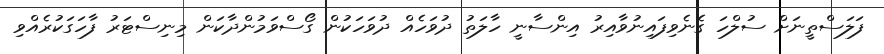
ފަލަސްތީނަށް ސުލްހަ ގެނެވިފައިނުވާއިރު އިންސާނީ ހާލަތު ދުވަހެއް ދުވަހަކުން ގޯސްވަމުންދާކަން މިނިސްޓަރު ފާހަގަކުރެއްވި